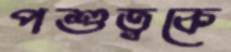
পশুত্বকে